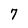
Character: 7